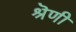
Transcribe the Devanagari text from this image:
श्रॆणी